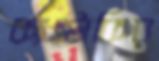
ক্যান্টাকির